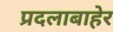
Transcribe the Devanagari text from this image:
प्रदलाबाहेर